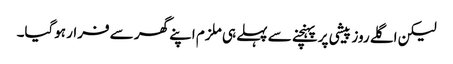
لیکن اگلے روز پیشی پر پہنچنے سے پہلے ہی ملزم اپنے گھر سے فرار ہوگیا۔